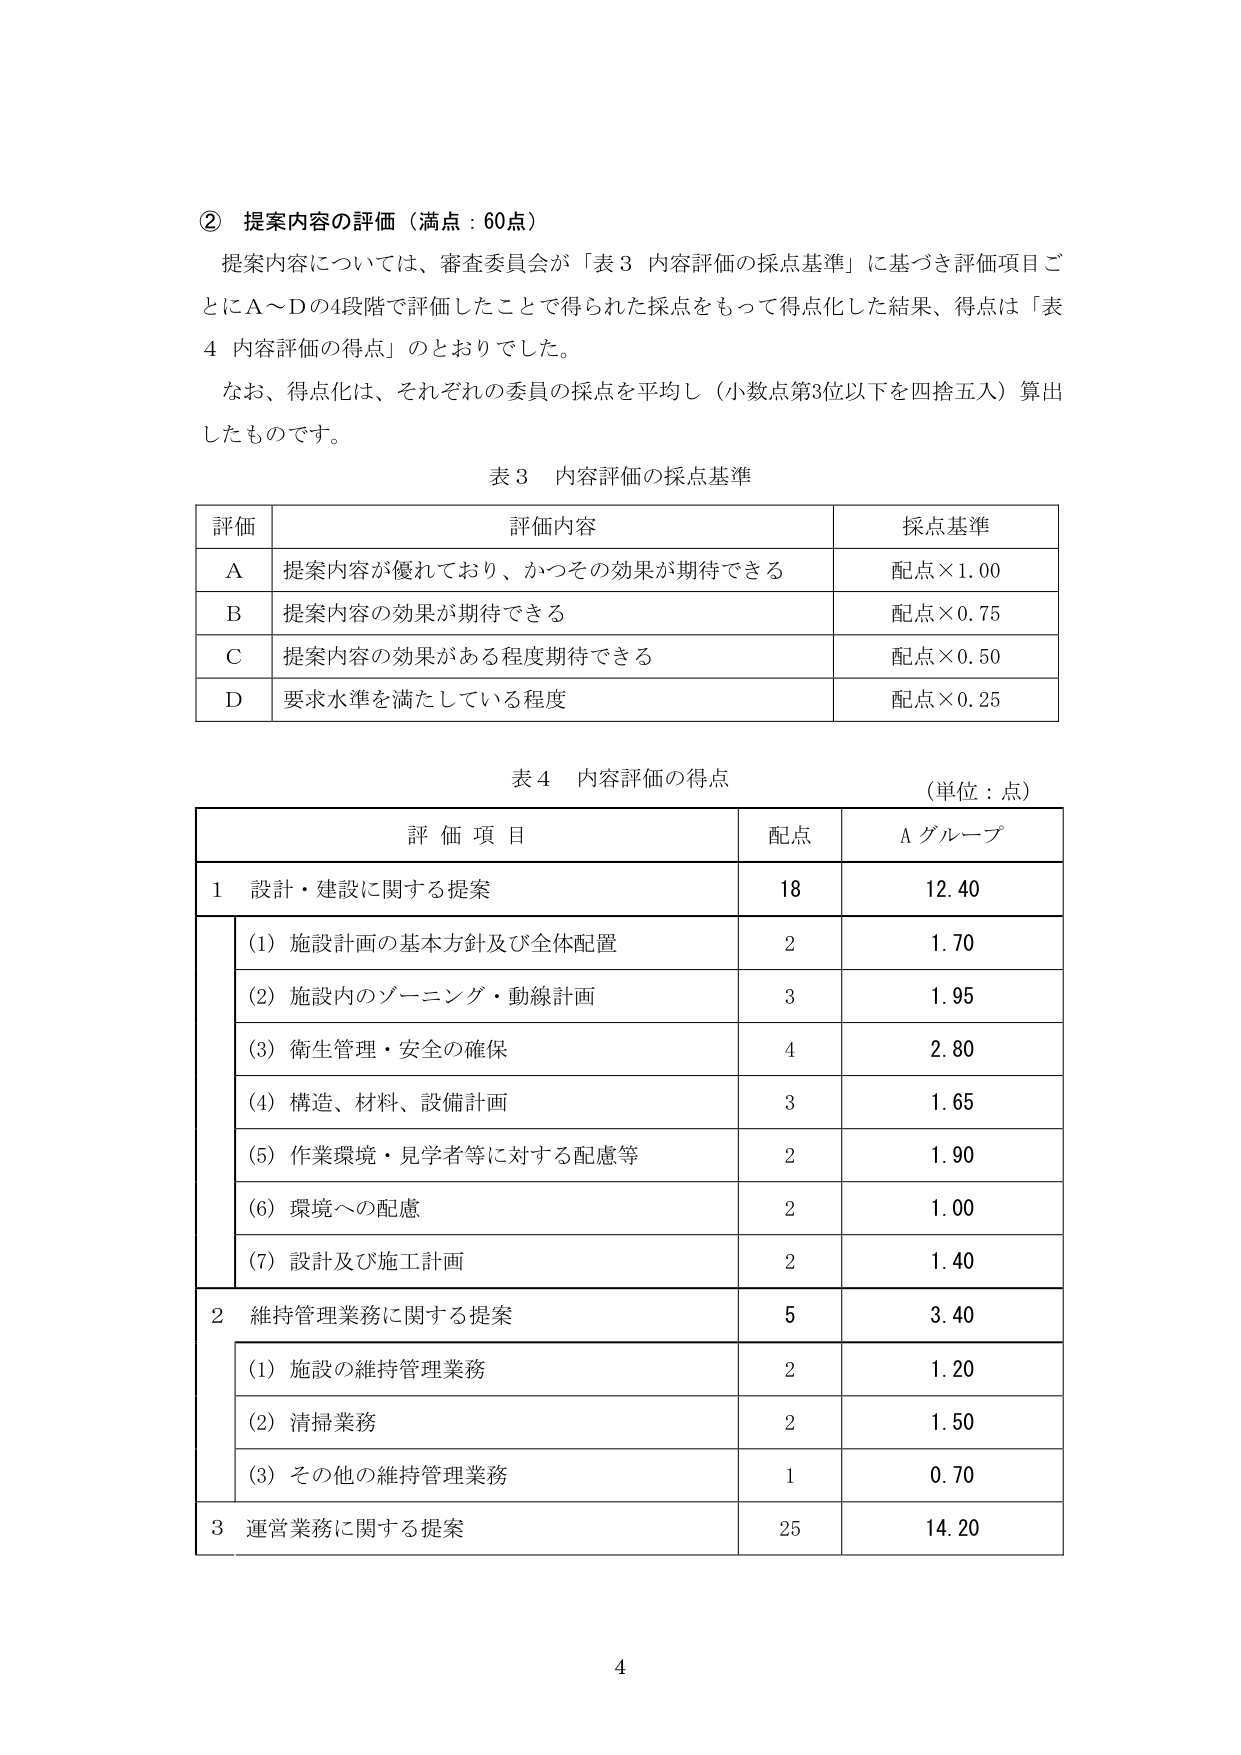
② 提案内容の評価（満点：60点）

提案内容については、審査委員会が「表3 内容評価の採点基準」に基づき評価項目ごとにA～Dの4段階で評価したことで得られた採点をもって得点化した結果、得点は「表4 内容評価の得点」のとおりでした。

なお、得点化は、それぞれの委員の採点を平均し（小数点第3位以下を四捨五入）算出したものです。

表3 内容評価の採点基準

| 評価 | 評価内容 | 採点基準 |
|------|----------|----------|
| A    | 提案内容が優れており、かつその効果が期待できる | 配点×1.00 |
| B    | 提案内容の効果が期待できる | 配点×0.75 |
| C    | 提案内容の効果がある程度期待できる | 配点×0.50 |
| D    | 要求水準を満たしている程度 | 配点×0.25 |

表4 内容評価の得点 （単位：点）

| 評価項目 | 配点 | Aグループ |
|----------|------|-----------|
| 1 設計・建設に関する提案 | 18 | 12.40 |
| (1) 施設計画の基本方針及び全体配置 | 2 | 1.70 |
| (2) 施設内のゾーニング・動線計画 | 3 | 1.95 |
| (3) 衛生管理・安全の確保 | 4 | 2.80 |
| (4) 構造、材料、設備計画 | 3 | 1.65 |
| (5) 作業環境・見学者等に対する配慮等 | 2 | 1.90 |
| (6) 環境への配慮 | 2 | 1.00 |
| (7) 設計及び施工計画 | 2 | 1.40 |
| 2 維持管理業務に関する提案 | 5 | 3.40 |
| (1) 施設の維持管理業務 | 2 | 1.20 |
| (2) 清掃業務 | 2 | 1.50 |
| (3) その他の維持管理業務 | 1 | 0.70 |
| 3 運営業務に関する提案 | 25 | 14.20 |

4